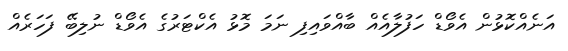
އަނެއްކޮޅުން އެވޯޑް ހަފުލާއެއް ބާއްވައިފި ނަމަ މޮޅު އެކްޓަރުގެ އެވޯޑް ނުލިބޭ ފަހަރެއް